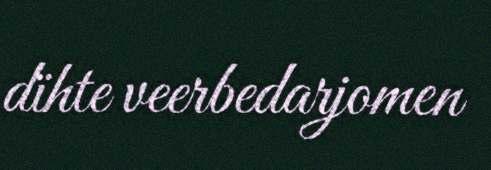
dïhte veerbedarjomen